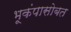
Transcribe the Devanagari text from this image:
भूकंपासोबत